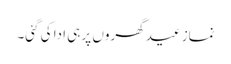
نمازِ عید گھروں پر ہی ادا کی گئی۔